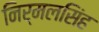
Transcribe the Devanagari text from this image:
निर्मलसिंह